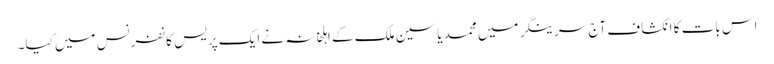
اس بات کا انکشاف آج سرینگر میں محمد یاسین ملک کے اہلخانہ نے ایک پریس کانفرنس میں کیا۔